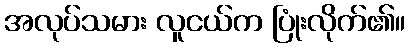
အလုပ်သမား လူငယ်က ပြုံးလိုက်၏။